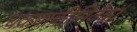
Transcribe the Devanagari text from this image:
चक्रवाकीमिवैकां